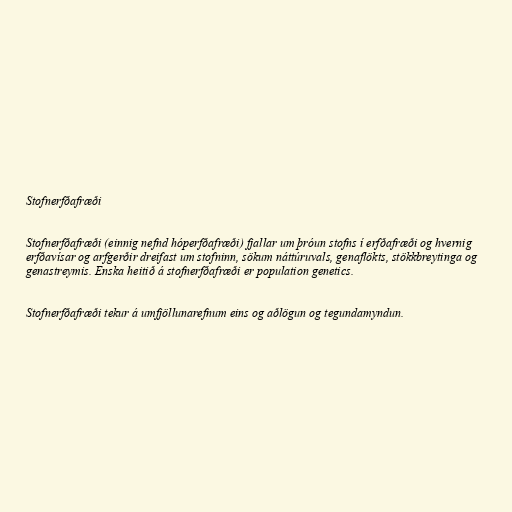
Stofnerfðafræði

Stofnerfðafræði (einnig nefnd hóperfðafræði) fjallar um þróun stofns í erfðafræði og hvernig
erfðavísar og arfgerðir dreifast um stofninn, sökum náttúruvals, genaflökts, stökkbreytinga og
genastreymis. Enska heitið á stofnerfðafræði er population genetics.

Stofnerfðafræði tekur á umfjöllunarefnum eins og aðlögun og tegundamyndun.